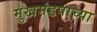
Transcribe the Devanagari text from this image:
मुखमंडपाच्या